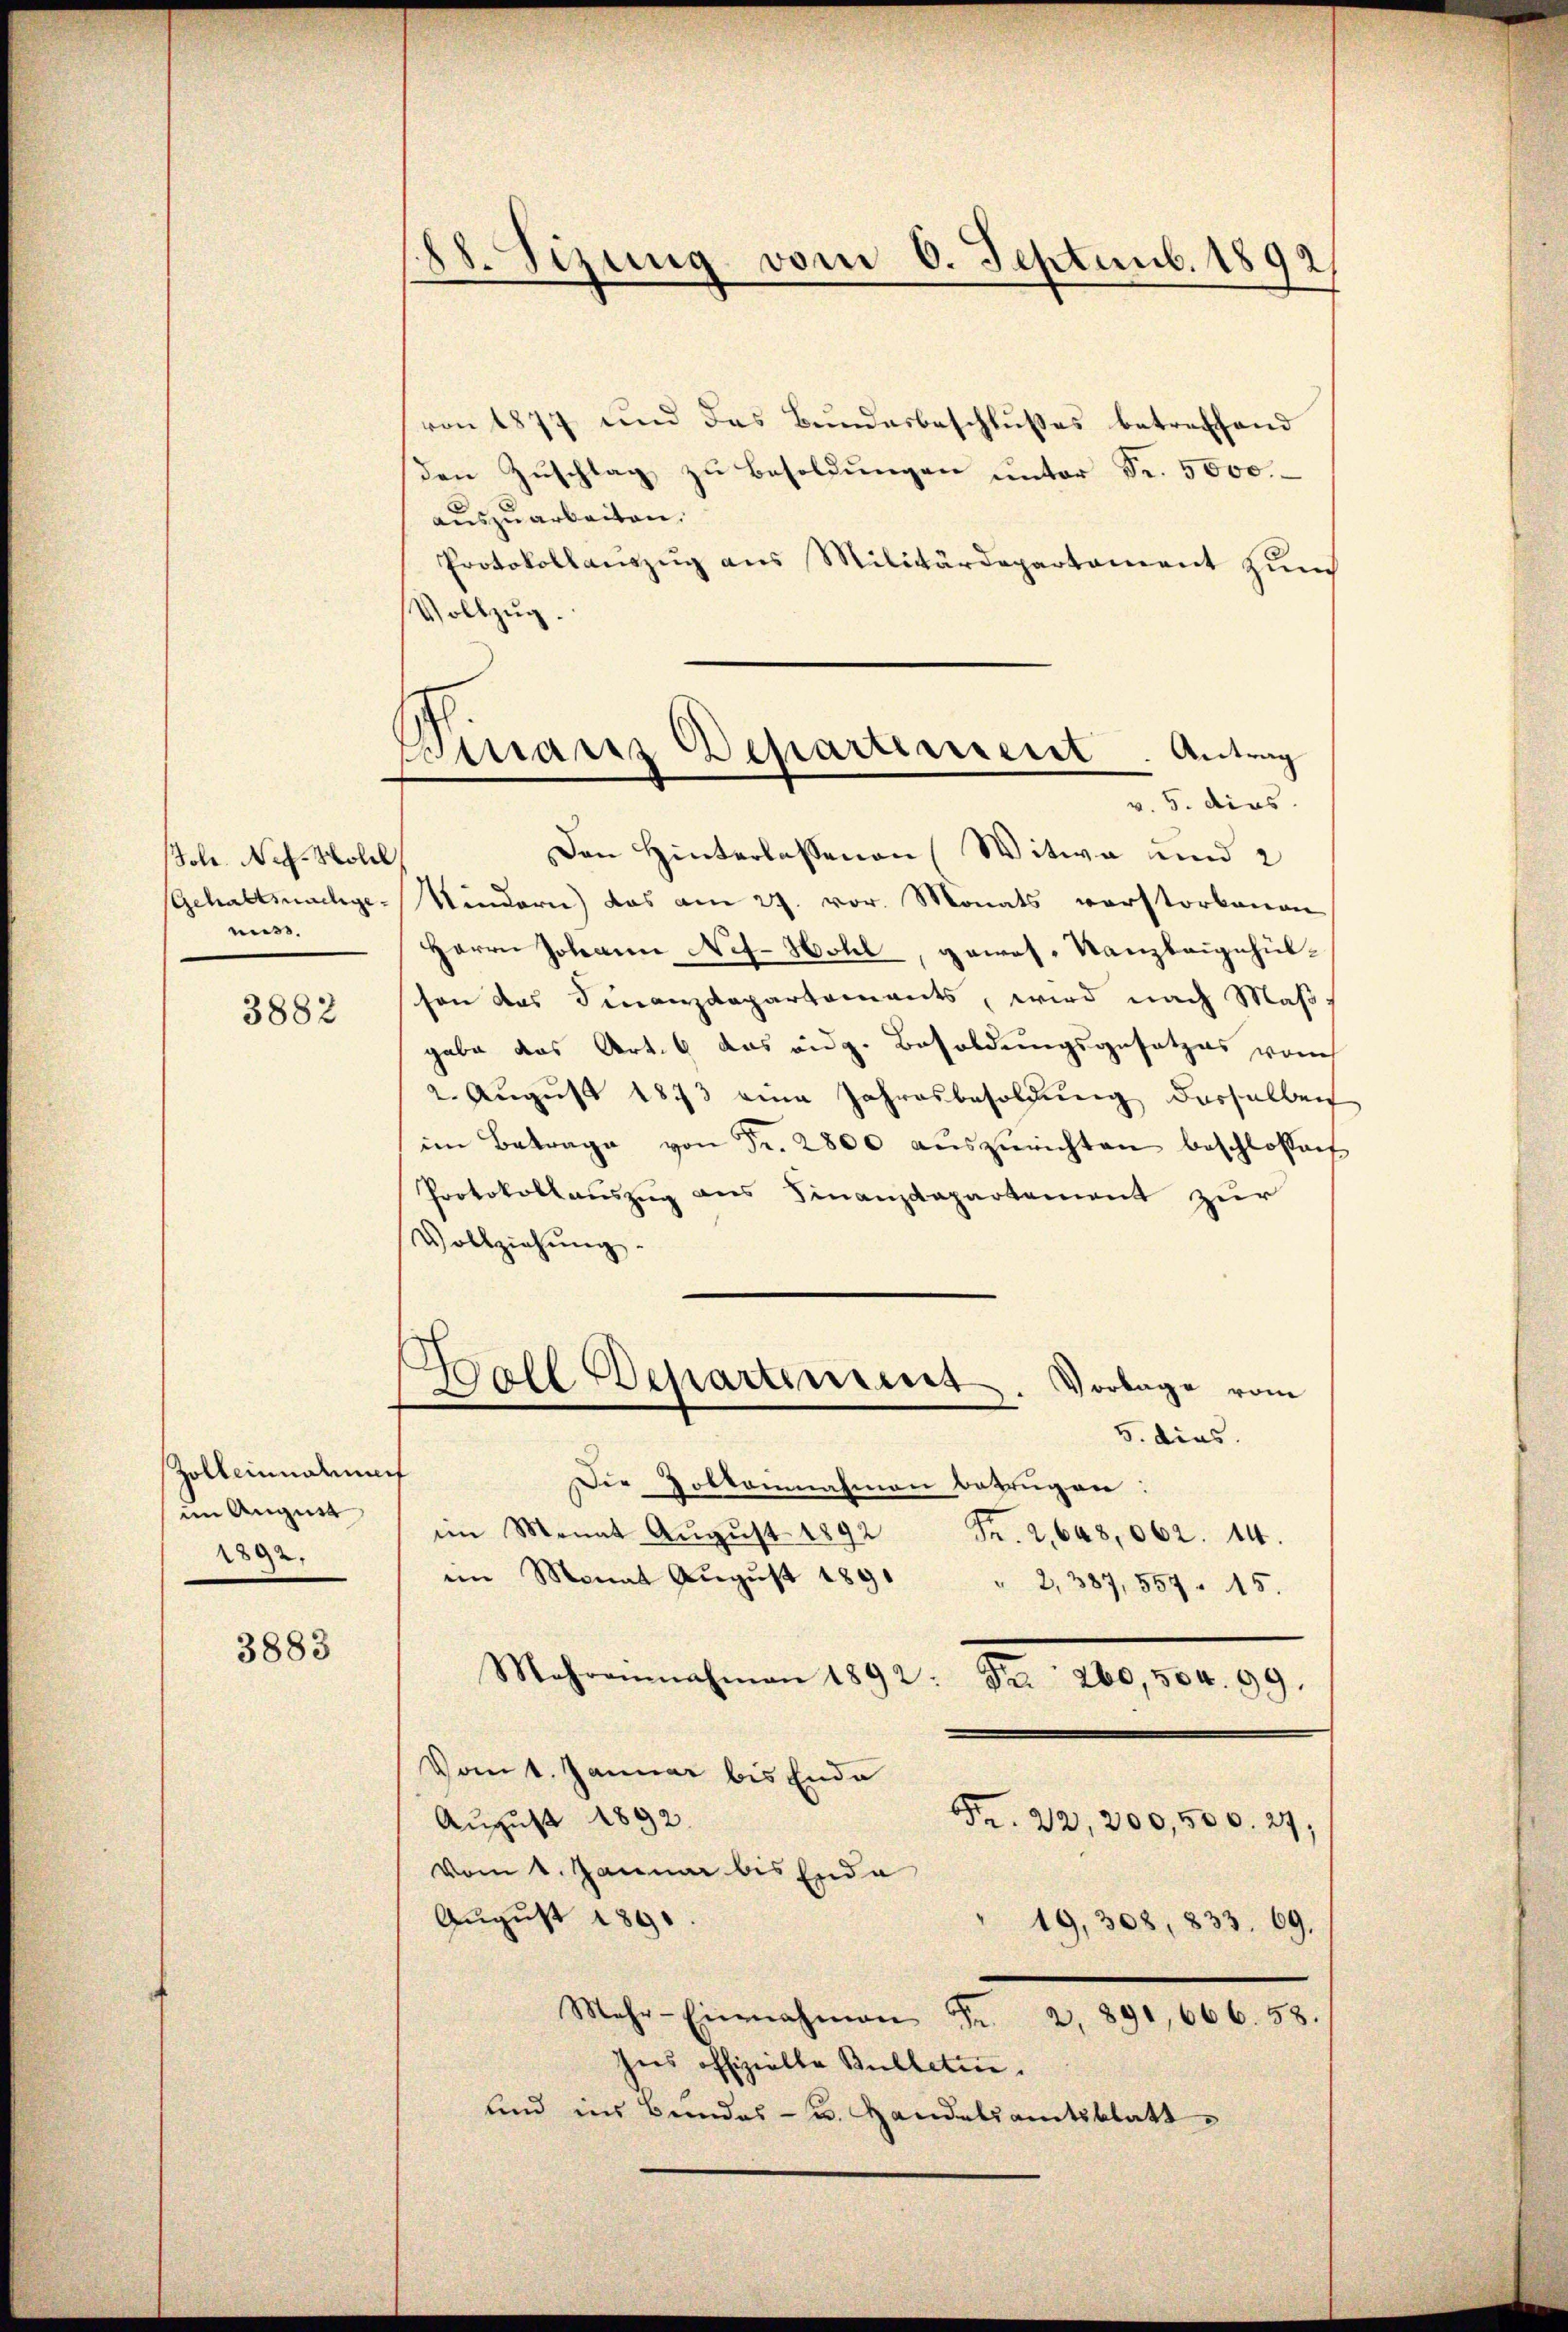
Jole. Neh- Woll
muss.

3882

Zolleinnauuf
im August
2892.

3883

von 1877 und das Bundesbeschlusses betreffend
den Zŭschlag zŭ besoldŭngen ŭnter Fr. 5000.
auszuarbeiten.
Protokollaŭszŭg ans Militärdepartament zŭm
Vollzug.
Den Hinterlassenen Witwe und 2
Gehaltsachge- Mindern) das am 29. vor. Monats verstorbenen
Herrn Johann Nef- Hohl, gewos-Kanzleigehülschon des Finanzdepartements, wird nach Maßgabe das Art. 6 das eidg. Besoldungsgesetzes vom
2. August 1873 eine Jahresbesoldung dasselben
im Betrage von Fr. 2800 aŭszŭrichten beschlossen
Protokollauszug aus Finanzdepartement zur
Vollziehŭng.
Ball Departement. Vorlage vom
.
5. dies
Die Pottannahmen betrügen:
im Monat Aŭgŭst 1892 Fr. 2, 648,062. 14.
im Monat Aŭgŭst 1891 " 2, 387, 557. 15.
Mehreinnahmen 1892: Fr. 260,504. 99.
Vom 1. Januar bis Ende
August 1892
Fr. 22, 200,500. 27,
vom 1. Januar bis Ende
August 189
19, 308, 833. 69.
Mehr-Einnahmen Fr. 2, 891, 666. 58.
Ins offizielle Bulletine.
und ins Bundes- u. Handelsamtsblatt

88. Sizung vom 6. Septemb. 1892

Finanz Departement. Antrag
v. 5. dies